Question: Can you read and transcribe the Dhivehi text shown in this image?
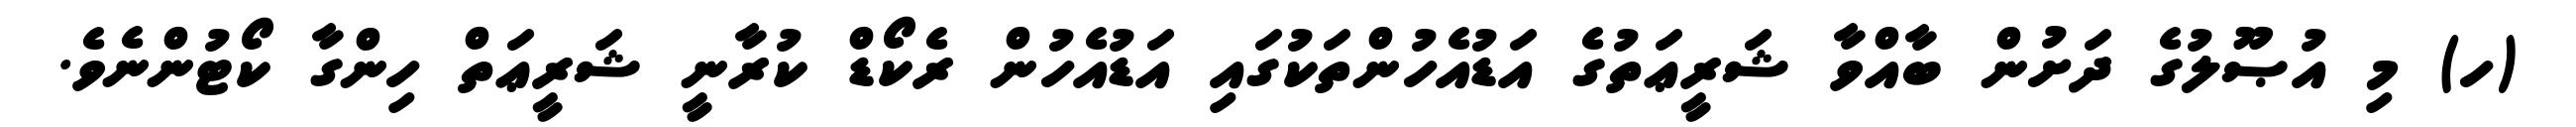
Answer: (ހ) މި އުޞޫލުގެ ދަށުން ބާއްވާ ޝަރީޢަތުގެ އަޑުއެހުންތަކުގައި އަޑުއެހުން ރެކޯޑް ކުރާނީ ޝަރީޢަތް ހިންގާ ކޯޓުންނެވެ.